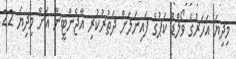
މިދިޔަ އަހަރުގެ ވޯލްޑް ކަޕުގެ ފައިނަލަށް ދަތުރުކުރި އާޖެންޓީނާ އަށް މިދިޔަ 22